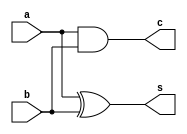
module hag(a,b,s,c);
input a,b;
output s,c;
xor x1(s,a,b);
and a1(c,a,b);
endmodule